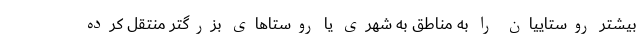
بیشتر روستاییان را به مناطق به شهری یا روستاهای بزرگتر منتقل کرده